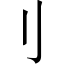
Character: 刂